Vital statistics of India. Vol. V, Reports of 1876 on armies & jails and on epidemic cholera
Year: 1876
Disease focus: Cholera
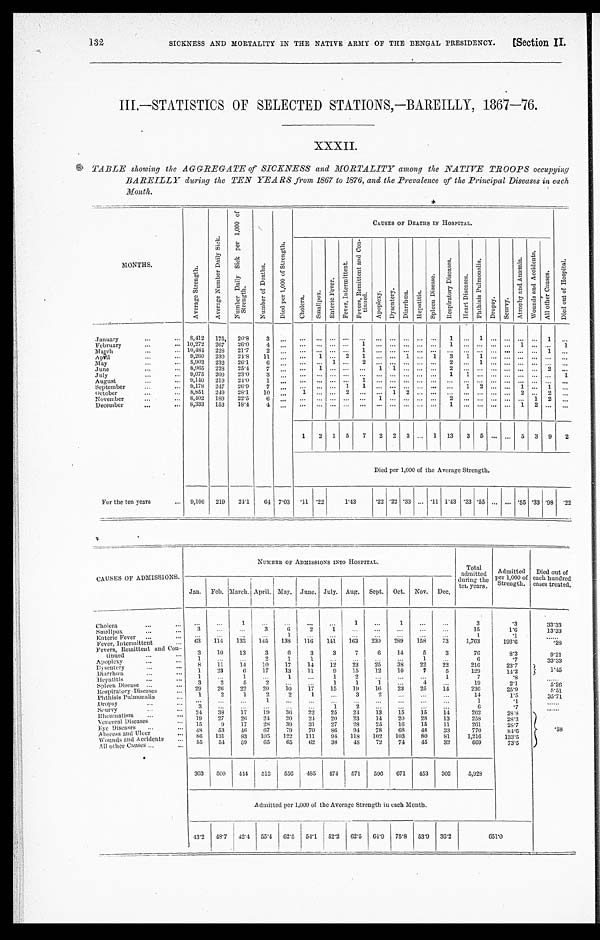
132
SICKNESS AND MORTALITY IN THE NATIVE ARMY OF THE BENGAL PRESIDENCY.
[Section II
III.—STATISTICS OF SELECTED STATIONS,—BAREILLY, 1867—76.
XXXII.
TABLE showing the AGGREGATE of SICKNESS and MORTALITY among the NATIVE TROOPS occupying
BAREILLY during the TEN YEARS from 1867 to 1876, and the Prevalence of the Principal Diseases in each
Month.
MONTHS.
A v e r a g e S t r e n g t h .
A v e r a g e N u m b e r D a i l y S i c k .
N u m b e r D a i l y S i c k p e r 1 , 0 0 0 o f S t r e n g t h .
N u m b e r o f D e a t h s .
D i e d p e r 1 , 0 0 0 o f S t r e n g t h .
CAUSES OF DEATHS IN HOSPITAL.
.
D i e d o u t o f H o s p i t a l .
C h o l e r a .
S m a l l p o x .
E n t e r i c F e v e r .
F e v e r , I n t e r m i t t e n t .
F e v e r s , R e m i t t e n t a n d C o n - t i n u e d .
A p o p l e x y .
D y s e n t e r y . D i a r r h œ a . H e p a t i t i s .
S p l c e n D i s e a s e .
R e s p i r a t o r y D i s c a s e s .
H e a t D i s e a s e s .
P h t h i s i s P u l m o n a l i s .
D r o p s y .
S c u r v y .
A t r o p h y a n d A n æ m i a .
W o u n d s a n d A c c i d e n t s .
A l l o t h e r C a u s e s .
January . . .
8 , 4 1 2 175
20.8
3
. . . . . . . . .
. . .
. . . . . . . . . . . .
. . . . . .
. . .
1
. . .
1
. . .
. . .
. . . . . . 1
. . .
February . . .
10,272 267
26.0
4
. . . . . . . . .
. . .
. . . 1 . . . . . .
. . . . . .
. . .
1 . . .
. . . . . .
. . . 1 . . . . . . 1
March . . . 10,484 228
21.7
2
. . . . . . . . .
. . .
. . . 1
. . .
. . .
. . . . . .
. . . . . .
. . .
. . . . . .
. . . . . . . . . 1
. . .
April . . .
9,260 230
24.8
11
. . .
. . .
1
. . . 2
1
. . .
. . .
1 . . .
1 3
1
1 . . .
. . . . . . . . . . . .
. . .
M a y . . .
8,903 232
26.1
6
. . . . . . . . .
1
. . .
2
. . .
. . .
. . . . . .
. . .
2
. . . 1
. . .
. . .
. . . . . . .. . .
. . .
June . . .
8,965 228 25.4
7
. . . . . . 1
. . .
. . .
. . .
1
1
. . . . . .
. . .
2
. . . . . . . . .
. . .
. . . . . . 2
. . .
.Tuly . . .
9,075 209
23.0
3
. . . . . . . . .
. . . . . . . . .
. . .
. . .
. . . . . .
. . .
1
1
. . . . . .
. . .
. . . . . . . . . 1
August . . .
9,140 219
24.0
1
. . .
. . .
. . .
. . . . . .
1
. . .
. . .
. . . . . .
. . .
. . .
. . .
. . . . . .
. . . . . . . . . . . . . . .
September . . .
9,178 247
26.9
7 . . .
. . . . . .
. . .
1
1
. . .
. . .
. . . . . .
. . . . . . . . .
1
2
. . .
. . .
1 . . . 1
. . .
october . . .
8,851
249
28.1
10
. . .
1 . . .
. . .
2
. . .
. . .
1
2 . . .
. . . . . .
. . . . . . . . .
. . .
2 . . . 2
. . .
November . . .
8,402 189
22.5
6
. . .
. . .
. . .
. . .
. . . . . .
1
. . .
. . . . . .
. . . 2
. . .
. . . . . .
. . .
. . . 1 2
. . .
December . . .
8,333 153
18.4
4
. . .
. . .
. . .
. . .
. . .
. . .
. . .
. . .
. . .
. . .
. . .
1
. . . . . . . . .
. . .
1 2 . . .
. . .
1
2 1 5
7
2 2 3
. . . 1 13
3 5
. . .
. . . 5 3 9
2
Died per 1,000 of the Average Strength.
For the ten years . . .
9,106 219
24.1
64 7.03
. 1 1 .22
1.43
.22 .22 .33
. . . .11 1.43 .33 .55
. . .
. . . .55 .33 .98
. 2 2
CAUSES OF ADMISSIONS.
NUMBER OF ADMISSIONS INTO HOSPITAL.
Total
admitted
during the
ten years.
Admitted
per 1,000 of
Strength.
Died out of
each hundred
cases treated.
Jan. Feb. March. April. May. June. July. Aug. Sept. Oct. Nov. Dec.
Cholera . . .
. . .
. . .
1
. . .
. . .
. . .
. . .
1
. . .
1
. . .
. . .
3
.3
33.33
Smallpox . . .
3
. . .
. . .
3
6 2
1
. . .
. . .
. . .
. . .
. . .
15
1.6
13.33
Enteric Fever . . .
. . .
. . .
. . .
. . .
1
. . .
. . .
. . .
. . .
. . .
. . .
. . .
1
. 1
. . .
F e v e r , I n t e r mi t t e n t . . .
63
114
133
145
138 116
141
163
230
289
158
73
1,763
193.6
. 2 8
Fevers, Remittent and Con
- t i n u e d . . .
3
10
13
3
6
3
3
7
6
14
5
3
7 6
8.3
9.21
Apoplexy . . .
1
. . .
. . .
2
1
1
. . .
. . .
. . .
. . .
1
. . .
6
. 7
3 3 . 3 3
Dysentery . . .
8
11
14
10
17
14
12
23
25
38
22
22
2 1 6
23.7
1 . 4 5
1
23
6
17
13
11
9
15
12
10
7
5
1 2 9
14.2
Diarrhœa . . .
1
. . .
1
. . .
1
. . .
1
2
. . .
. . .
. . .
1
7
. 8
Hepatitis . . .
3
2
5
2
. . .
. . .
1
1
1
. . .
4
. . .
1 9
2.1
5 . 2 6
Spleen Disease . . .
Re s pi r a t or y Di s e a s e s . . .
29
26
22
20
10
17
15
19
16
23
25
14
2 3 6
25.9
5.51.
Phthisis Pulmonalis . . .
1
2
1
2
2
1
. . .
3
2
. . .
. . .
. . .
14
1 . 5
35.71
D r o p s y s . . .
. . .
. . .
. . .
1
. . .
. . .
. . .
. . .
. . .
. . .
. . .
. . .
1
. 1
. . .
Scurvy . . .
3
. . .
. . .
. . .
. . .
. . .
1
2
. . .
. . .
. . .
. . .
6
.7
. . .
Rheumatism . . .
2 4
38
17
19
36
22
25
24
13
15
15
14
262
28.8
. 5 8
19
27
20
24
20
2 4
20
23
14
20
28
13
2 5 8
2 8 . 3
Venereal Diseases . . .
15
9
17
28
39
31
27
28
25
16
15
11
261
28.7
Eye Di s eas es . . .
4 8
53
46
67
79
70
86
94
78
6 8
48
33
770
84.6
Ab s e e s s a n d Ul c e r
86
131
83
105
122
111
94
118
102
103
80
81
1, 216
133.5
Wounds and Accidents . . .
55
54
59
65
65
62
38
48
72
74
45
32
669
73.5
All other Causes . . .
363
500
4 4 4
513
556
485
74
571
596
671
453
302
5,928
Admitted per 1,000 of the Average Strength in each Month.
43.2 48.7 42.4 55.4 62.5
54.1 52.2 62.5 64.9 75.8 53.9 36.2
651.0